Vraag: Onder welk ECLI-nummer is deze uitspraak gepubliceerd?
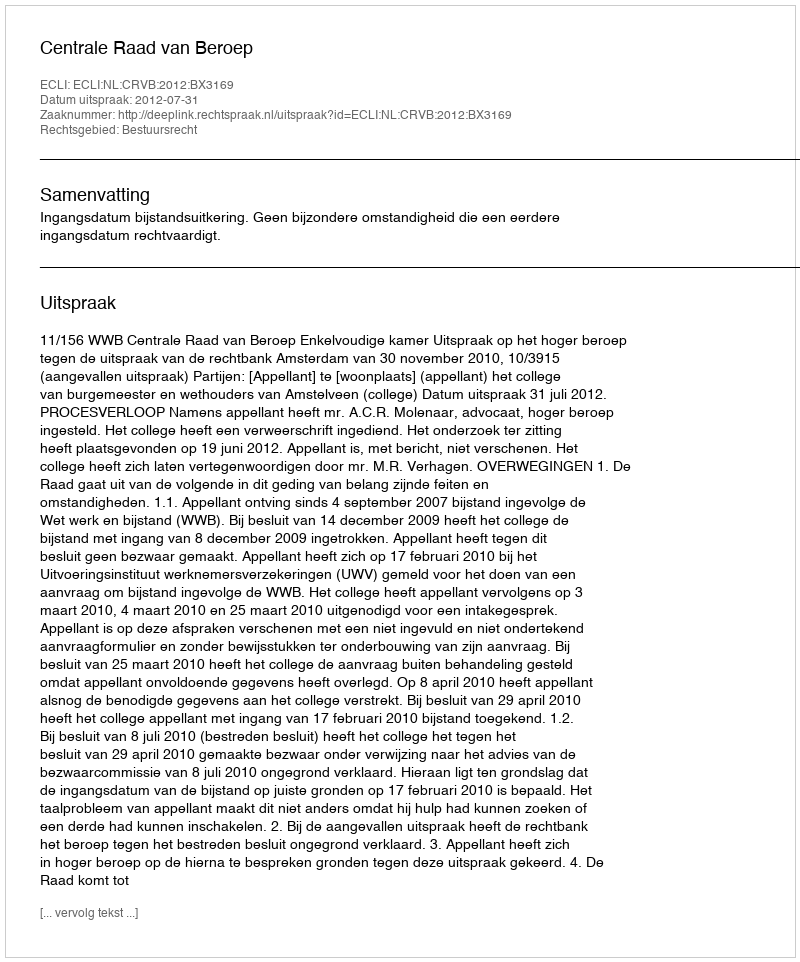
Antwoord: ECLI:NL:CRVB:2012:BX3169